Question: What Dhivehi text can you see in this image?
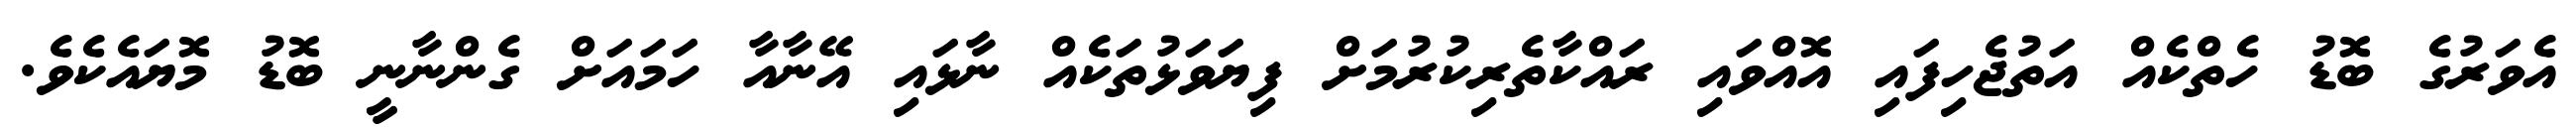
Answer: އެވަރުގެ ބޮޑު ހެތްކެއް އަތުޖެހިފައި އޮއްވައި ރައްކާތެރިކުރުމަށް ފިޔަވަޅުތަކެއް ނާޅައި އޭނާއާ ހަމައަށް ގެންނާނީ ބޮޑު މޮޔައެކެވެ.